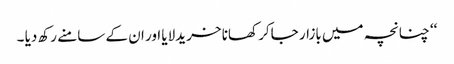
‘‘ چنانچہ میں بازار جاکر کھانا خریدلایا اور ان کے سامنے رکھ دیا ۔